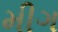
મીગ